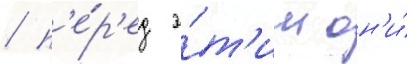
/ п'е́р'ед э́т'им он'и́